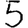
Digit: 5